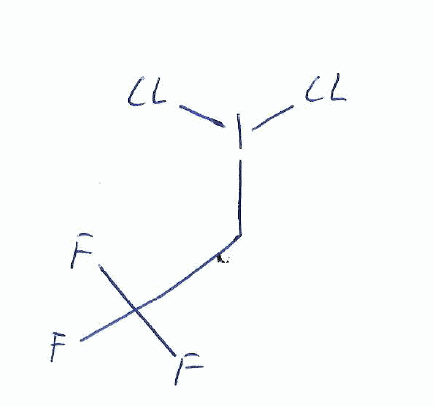
Simplified molecular-input line-entry system (SMILES) notation of the given molecule:
C(C(F)(F)F)I(Cl)Cl